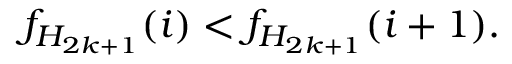
f _ { H _ { 2 k + 1 } } ( i ) < f _ { H _ { 2 k + 1 } } ( i + 1 ) .